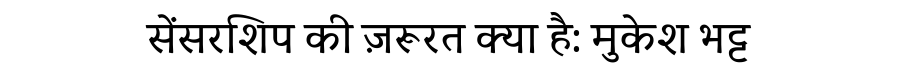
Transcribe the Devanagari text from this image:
सेंसरशिप की ज़रूरत क्या है: मुकेश भट्ट